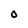
Character: 0